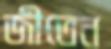
জীতেন